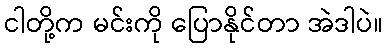
ငါတို့က မင်းကို ပြောနိုင်တာ အဲဒါပဲ။